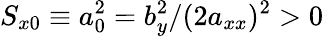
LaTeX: S_{x0}\equiv a_{0}^{2}=b_{y}^{2}/(2a_{xx})^{2}>0